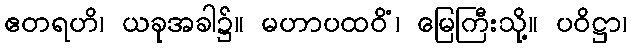
ဧတရဟိ၊ ယခုအခါ၌။ မဟာပထဝိံ၊ မြေကြီးသို့။ ပဝိဋ္ဌာ၊